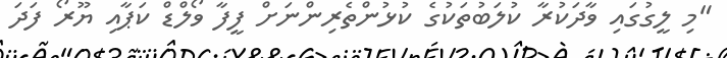
"މި ލީގުގައި ވާދަކުރާ ކުލަބުތަކުގެ ކުޅުންތެރިންނަށް ފީފާ ވޯލްޑް ކަޕާއި ޔޫރޯ ފަދަ